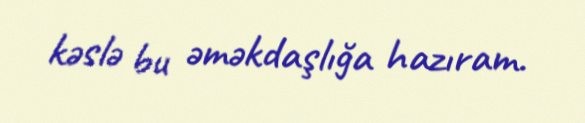
kəslə bu əməkdaşlığa hazıram.